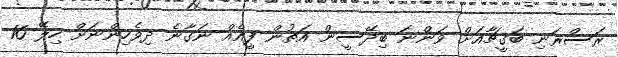
ރަސްރަނި ބަގީޗާއަށް ވަންނަ ބިދޭސީން އަތުން ފީއެއް ނަގާނެ ދިވެހިންނަށް ހިލޭ 16